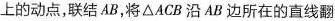
上的动点，联结AB，将△ACB沿AB边所在的直线翻